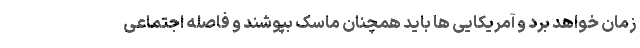
زمان خواهد برد و آمریکایی ها باید همچنان ماسک بپوشند و فاصله اجتماعی